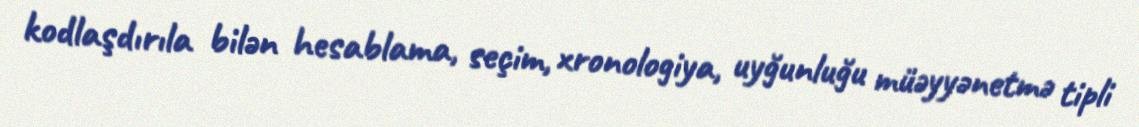
kodlaşdırıla bilən hesablama, seçim, xronologiya, uyğunluğu müəyyənetmə tipli